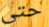
حتى